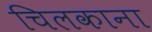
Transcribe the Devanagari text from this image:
चिलकाना